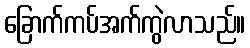
ခြောက်ကပ်အက်ကွဲလာသည်။